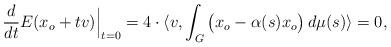
LaTeX: \begin{align*}\frac{d}{dt}E(x_o + tv) \Big|_{t = 0} = 4 \cdot\langle v, \int_G \big( x_o - \alpha(s) x_o\big) \, d\mu(s) \rangle = 0,\end{align*}